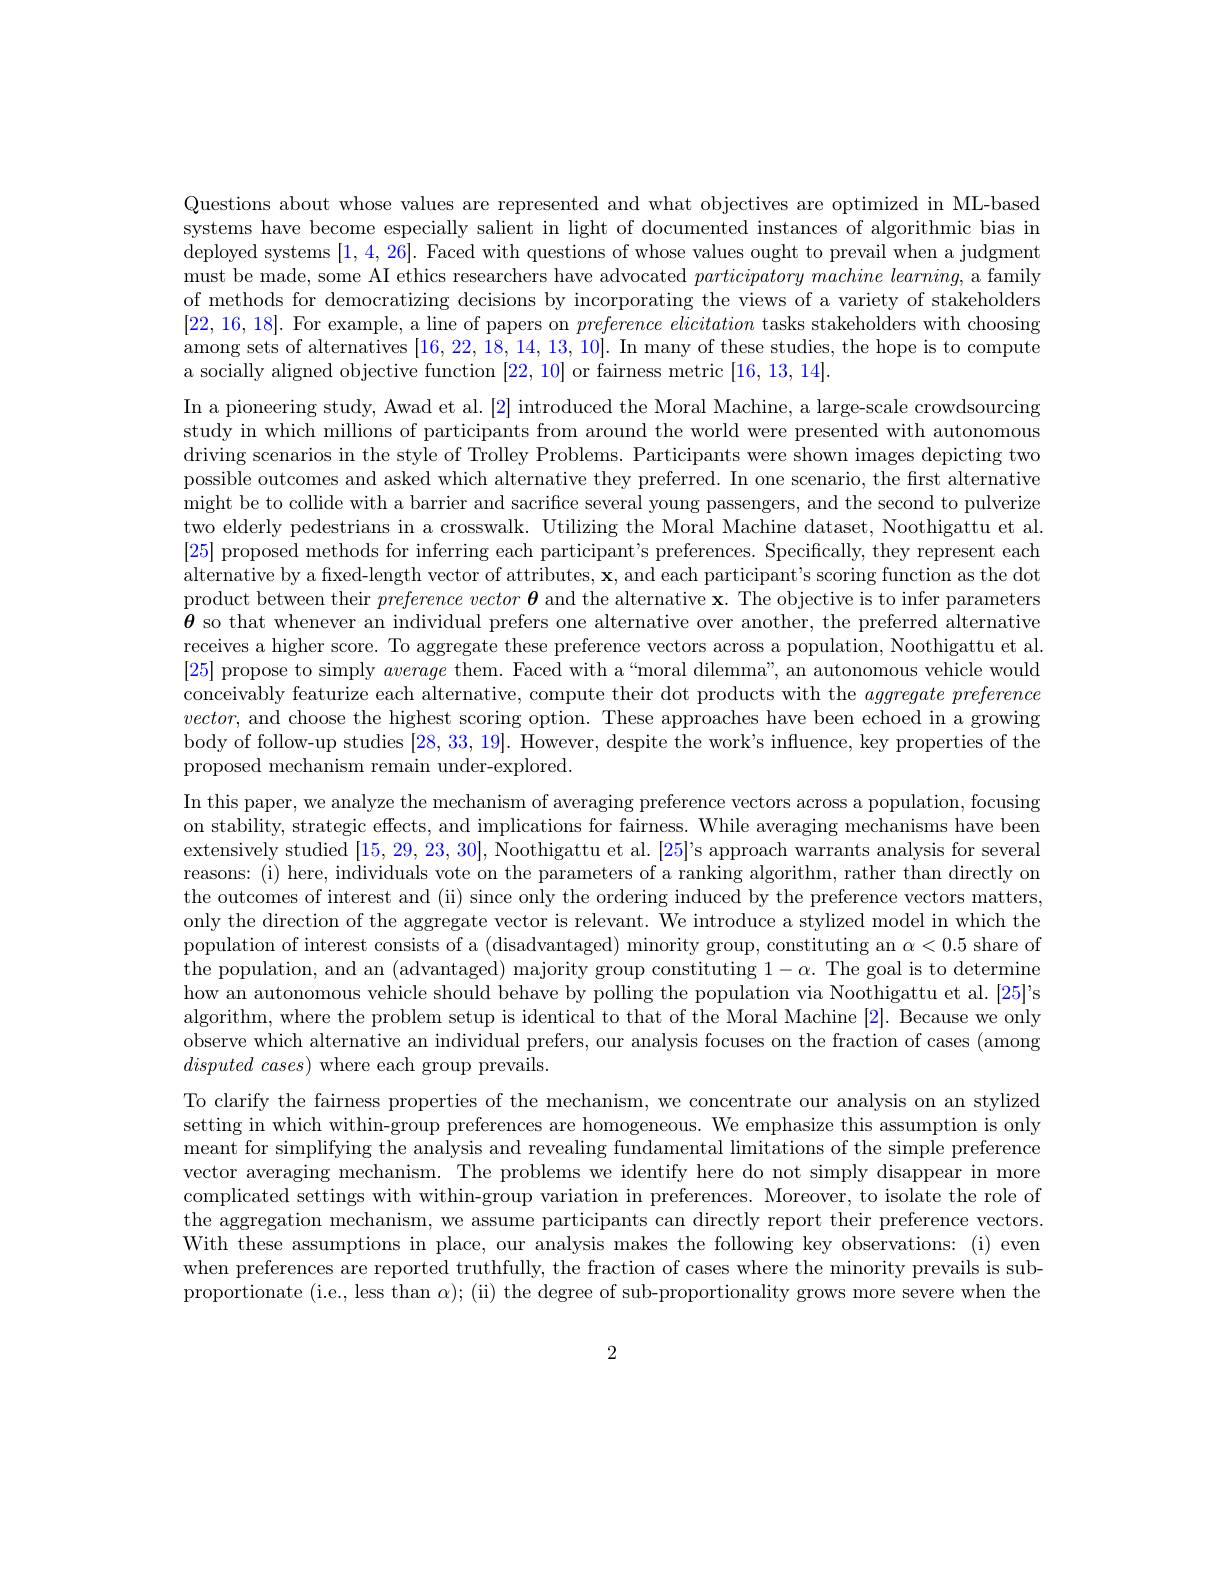
Questions about whose values are represented and what objectives are optimized in ML-based systems have become especially salient in light of documented instances of algorithmic bias in deployed systems [1,4,26]. Faced with questions of whose values ought to prevail when a judgment must be made, some AI ethics researchers have advocated $participatory\textit{ machine learning, a family}$ of methods for democratizing decisions by incorporating the views of a variety of stakeholders [22,16,18]. For example, a line of papers on $preference\textit{ elicitation tasks stakeholders with choosing}$ among sets of alternatives [16,22,18,14,13,10]. In many of these studies, the hope is to compute a socially aligned objective function [22,10] or fairness metric [16,13,14].

In a pioneering study, Awad et al. [2] introduced the Moral Machine, a large-scale crowdsourcing study in which millions of participants from around the world were presented with autonomous driving scenarios in the style of Trolley Problems. Participants were shown images depicting two possible outcomes and asked which alternative they preferred. In one scenario, the frst alternative might be to collide with a barrier and sacrifice several young passengers, and the second to pulverize two elderly pedestrians in a crosswalk. Utilizing the Moral Machine dataset, Noothigattu et al. [25] proposed methods for inferring each participant's preferences. Specifically, they represent each alternative by a fixed-length vector of attributes, $\mathbf{x}$, and each participant's scoring function as the dot product between their $preference\textit{vector and the alternative x. The objective is to infer parameters}$ $\theta$ so that whenever an individual prefers one alternative over another, the preferred alternative receives a higher score. To aggregate these preference vectors across a population, Noothigattu et al. [25] propose to simply average them. Faced with a“moral dilemma”, an autonomous vehicle would conceivably featurize each alternative, compute their dot products with the aggregate preference $vector$, and choose the highest scoring option. These approaches have been echoed in a growing body of follow-up studies [28,33,19]. However, despite the work's influence, key properties of the proposed mechanism remain under-explored.
In this paper, we analyze the mechanism of averaging preference vectors across a population, focusing on stability, strategic effects, and implications for fairness. While averaging mechanisms have been extensively studied [15,29,23,30], Noothigattu et al. [25]'s approach warrants analysis for several reasons: (i) here, individuals vote on the parameters of a ranking algorithm, rather than directly on the outcomes of interest and (ii) since only the ordering induced by the preference vectors matters, only the direction of the aggregate vector is relevant. We introduce a stylized model in which the population of interest consists of a (disadvantaged) minority group, constituting an $\alpha<0.5$ share of the population, and an (advantaged) majority group constituting $1-\alpha.$ The goal is to determine how an autonomous vehicle should behave by polling the population via Noothigattu et al. [25]'s algorithm, where the problem setup is identical to that of the Moral Machine [2]. Because we only observe which alternative an individual prefers, our analysis focuses on the fraction of cases (among $disputed~cases)~$where each group prevails.
To clarify the fairness properties of the mechanism, we concentrate our analysis on an stylized setting in which within-group preferences are homogeneous. We emphasize this assumption is only meant for simplifying the analysis and revealing fundamental limitations of the simple preference vector averaging mechanism. The problems we identify here do not simply disappear in more complicated settings with within-group variation in preferences. Moreover, to isolate the role of the aggregation mechanism, we assume participants can directly report their preference vectors. With these assumptions in place, our analysis makes the following key observations: (i) even when preferences are reported truthfully, the fraction of cases where the minority prevails is subproportionate (i.e, less than $\alpha);$ (ii) the degree of sub-proportionality grows more severe when the

2